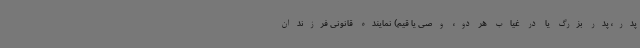
پدر، پدر بزرگ یا در غیاب هر دو، وصی یا قیم) نماینده قانونی فرزندان